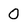
Character: 0